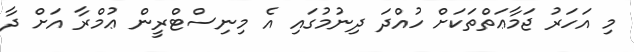
މި އަހަރު ޖަމާޢަތްތަކަށް ހުއްދަ ދިނުމުގައި އެ މިނިސްޓްރީން ޢުމްރާ އަށް ދާ